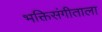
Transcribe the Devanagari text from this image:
भक्तिसंगीताला